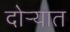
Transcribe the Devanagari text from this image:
दोर्‍यात